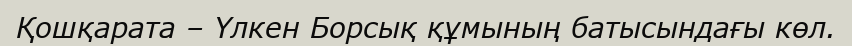
Қошқарата – Үлкен Борсық құмының батысындағы көл.